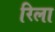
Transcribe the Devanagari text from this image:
रिला